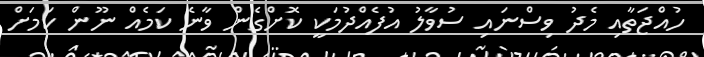
ހުއްޖަތާއި މެދު ވިސްނައި ސުވާލު އުފެއްދުމަކީ ކޮށްގެން ވާނެ ކަމެއް ނޫން ކަމަށް